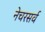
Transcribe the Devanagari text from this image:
नेचरसर्व